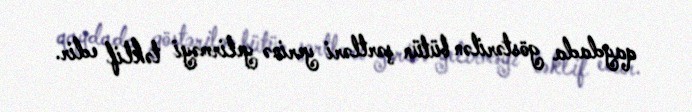
qaydada göstərilən bütün şərtləri yerinə yetirməyi təklif edir.